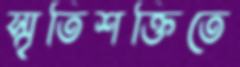
স্মৃতিশক্তিতে